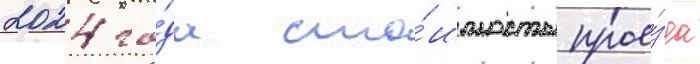
2024 го́да сто́имость прое́зда